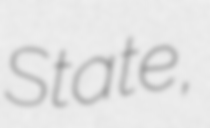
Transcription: State,